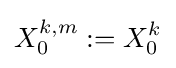
X_{0}^{k,m}:=X_{0}^{k}